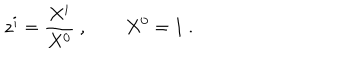
z ^ { i } = { \frac { X ^ { i } } { X ^ { 0 } } } \ , \qquad X ^ { 0 } = 1 \ .